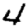
Digit: 4